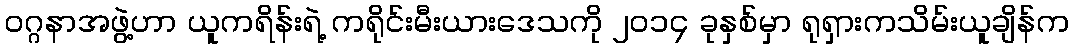
၀ဂ္ဂနာအဖွဲ့ဟာ ယူကရိန်းရဲ့ ကရိုင်းမီးယားဒေသကို ၂၀၁၄ ခုနှစ်မှာ ရုရှားကသိမ်းယူချိန်က